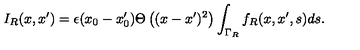
I _ { R } ( x , x ^ { \prime } ) = \epsilon ( x _ { 0 } - x _ { 0 } ^ { \prime } ) \Theta \left( ( x - x ^ { \prime } ) ^ { 2 } \right) \int _ { \Gamma _ { R } } f _ { R } ( x , x ^ { \prime } , s ) d s .